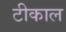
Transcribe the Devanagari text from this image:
टीकाल